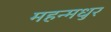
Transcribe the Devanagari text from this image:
महन्मधुर